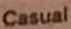
Casual